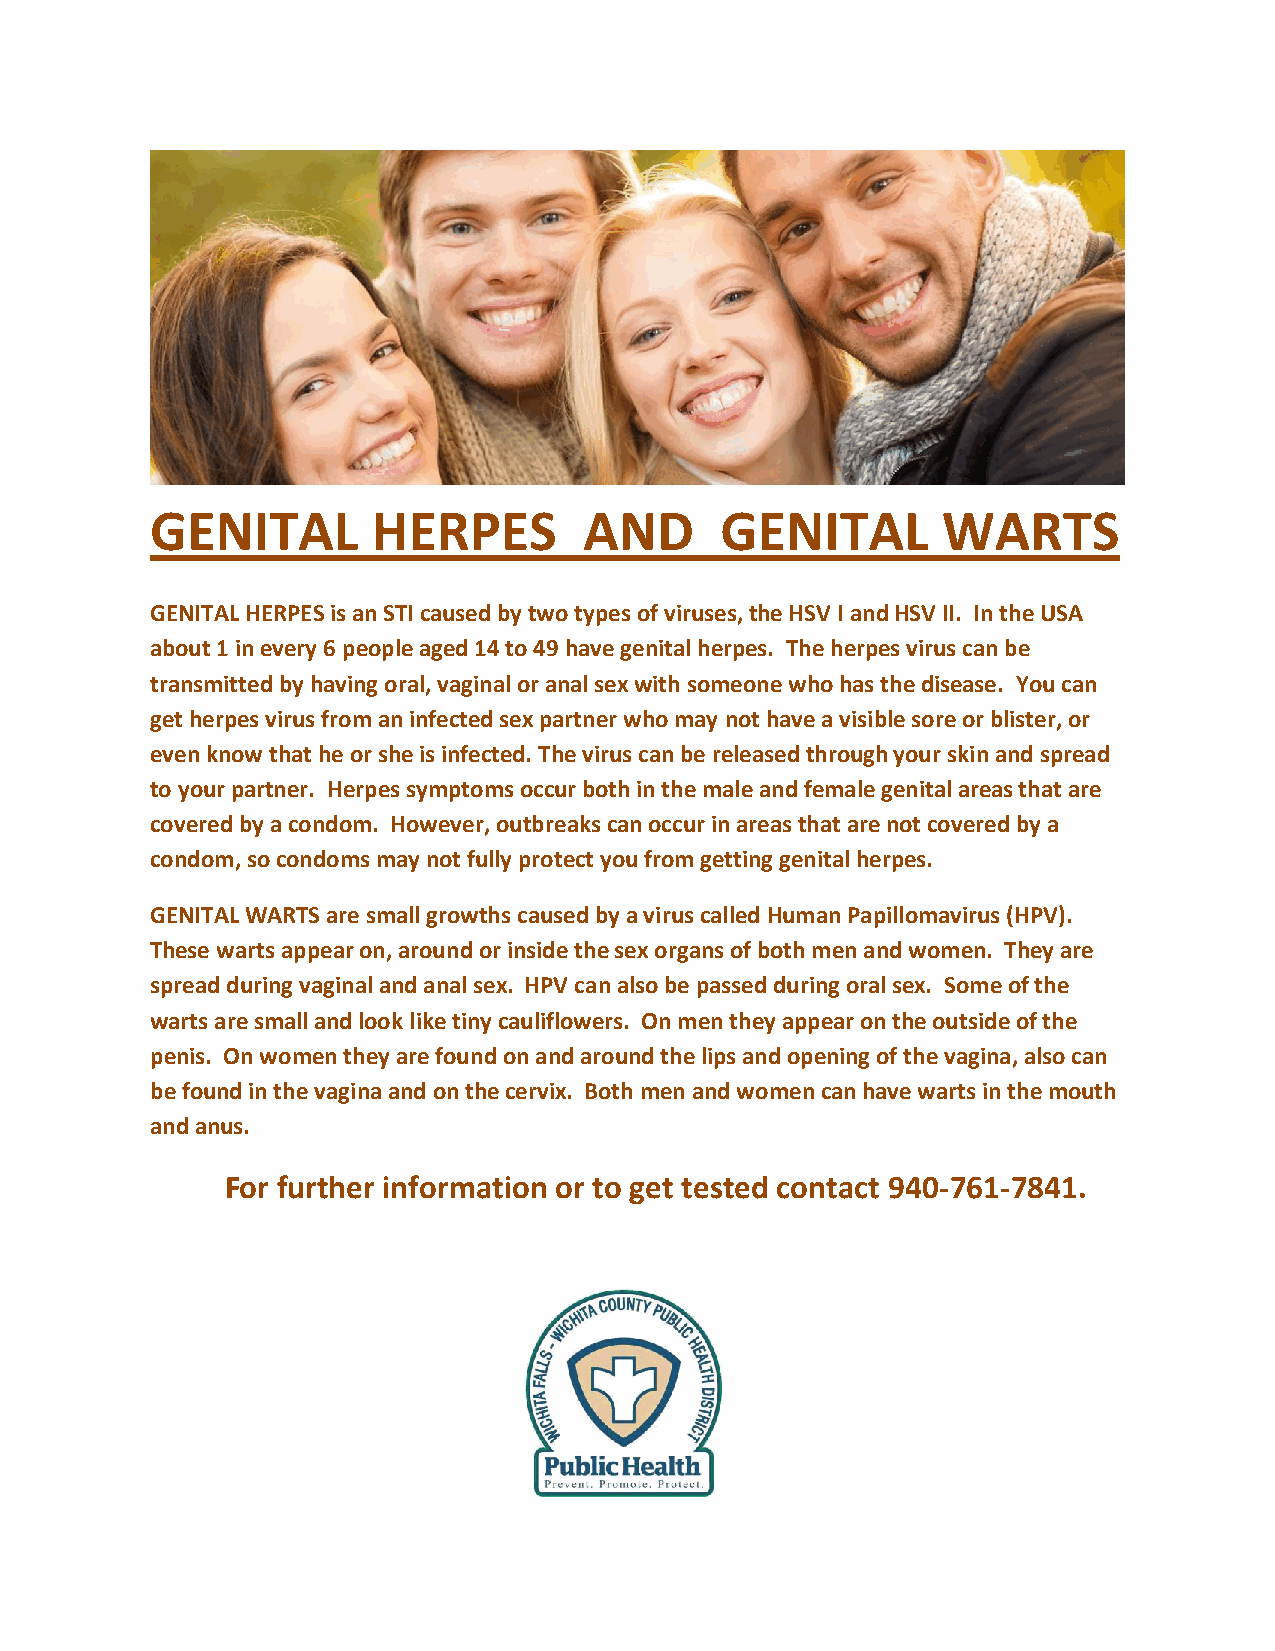
GENITAL        HERPES        AND      GENITAL       WARTS
 GENITAL HERPES is an STI caused by two types of viruses, the HSV I and HSV II. In the USA
 about 1 in every 6 people aged 14 to 49 have genital herpes. The herpes virus can be
 transmitted by having oral, vaginal or anal sex with someone who has the disease. You can
 get herpes virus from an infected sex partner who may not have a visible sore or blister, or
 even know that he or she is infected. The virus can be released through your skin and spread
 to your partner. Herpes symptoms occur both in the male and female genital areas that are
 covered by a condom. However, outbreaks can occur in areas that are not covered by a
 condom, so condoms may not fully protect you from getting genital herpes.
 GENITAL WARTS are small growths caused by a virus called Human Papillomavirus (HPV).
 These warts appear on, around or inside the sex organs of both men and women. They are
 spread during vaginal and anal sex. HPV can also be passed during oral sex. Some of the
 warts are small and look like tiny cauliflowers. On men they appear on the outside of the
 penis. On women they are found on and around the lips and opening of the vagina, also can
 be found in the vagina and on the cervix. Both men and women can have warts in the mouth
 and anus.
 For further information or to get tested contact 940-761-7841.